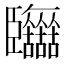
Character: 𦣷